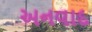
અનવાદ